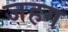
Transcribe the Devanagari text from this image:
जहग